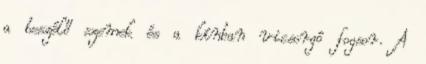
a beszélő szemek és a kínban vicsorgó fogsor. A